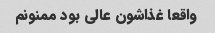
واقعا غذاشون عالی بود ممنونم